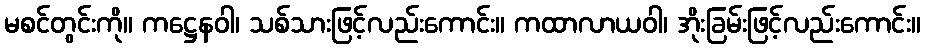
မစင်တွင်းကို။ ကဋ္ဌေနဝါ၊ သစ်သားဖြင့်လည်းကောင်း။ ကထာလာယဝါ၊ အိုးခြမ်းဖြင့်လည်းကောင်း။